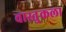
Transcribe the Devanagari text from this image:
वास्तु्कला